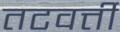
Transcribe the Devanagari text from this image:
तटवर्त्ती